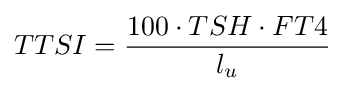
TTSI={100\cdot TSH\cdot FT4 \over l_{u}}